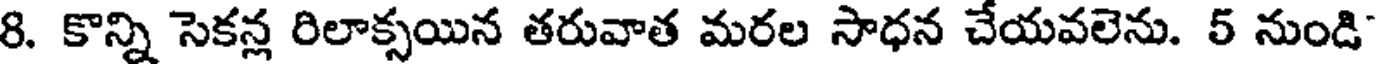
8. కొన్ని సెకన్ల రిలాక్సయిన తరువాత మరల సాధన చేయవలెను. 5 నుండి